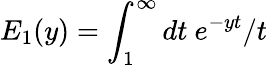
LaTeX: E_{1}(y)=\int_{1}^{\infty}dt\ e^{-yt}/t